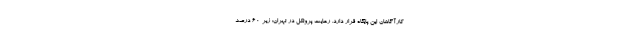
کارآگاهان این پایگاه قرار دارد. رعایت پروتکل در تهران: زیر 60 درصد